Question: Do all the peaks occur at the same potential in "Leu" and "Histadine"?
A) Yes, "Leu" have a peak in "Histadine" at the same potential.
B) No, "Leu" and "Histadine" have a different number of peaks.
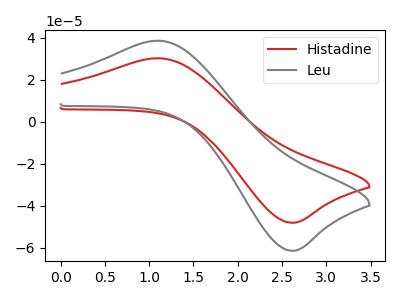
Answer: <think>The red curve "Histadine" has an anodic peak at (1.10V, 30.15uA) and a cathodic peak at (2.65V, -48.15uA). The gray curve "Leu" has an anodic peak at (1.10V, 38.50uA) and a cathodic peak at (2.65V, -61.45uA).</think>
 <answer>A) Yes, "Leu" have a peak in "Histadine" at the same potential.</answer>
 <eval>A</eval>